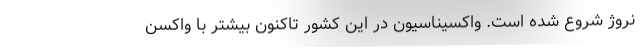
نروژ شروع شده است. واکسیناسیون در این کشور تاکنون بیشتر با واکسن